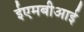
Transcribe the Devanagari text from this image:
ईएमबीआई